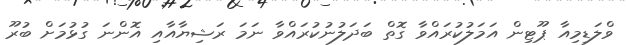
ވްލަޑިމިއާ ޕޫޓިން އަމަލުކުރައްވާ ގޮތް ބަދަލުނުކުރައްވާ ނަމަ ރަޝިޔާއާއި އޮންނަ ގުޅުމަށް ބުރޫ